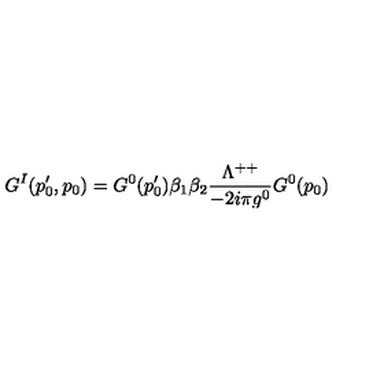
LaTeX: G ^ { I } ( p _ { 0 } ^ { \prime } , p _ { 0 } ) = G ^ { 0 } ( p _ { 0 } ^ { \prime } ) \beta _ { 1 } \beta _ { 2 } { \frac { \Lambda ^ { + + } } { - 2 i \pi g ^ { 0 } } } G ^ { 0 } ( p _ { 0 } )